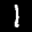
Label: 1